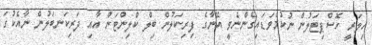
ހިލަރީ ހޮސްޕިޓަލުން ނުކުމެވަޑައިގެންނެވީ އޭނާގެ ފިރިކަލުން ބިލް ކްލިންޓަން އާއި ދަރިކަނބަލުން ނާއެކުގަ